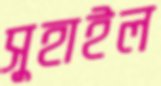
সুহাইল